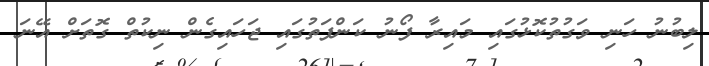
ލިބުނު ހަނި ވަގުތުކޮޅުގައި މައިރާ ފޯނު ކަންފަތުގައި ޖަހައިގެން ނިކުތް ގޮތަށް އޭނަ